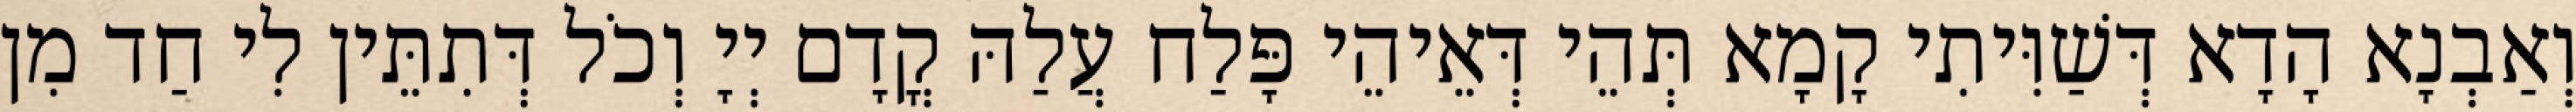
וְאַבְנָא הָדָא דְּשַׁוִּיתִי קָמָא תְּהֵי דְּאֵיהֵי פָּלַח עֲלַהּ קֳדָם יְיָ וְכֹל דְּתִתֵּין לִי חַד מִן